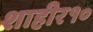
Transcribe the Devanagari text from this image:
शाहीर१०